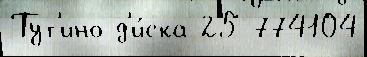
Тут'ино д'и́ска 25 774104